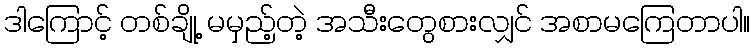
ဒါကြောင့် တစ်ချို့ မမှည့်တဲ့ အသီးတွေစားလျှင် အစာမကြေတာပါ။